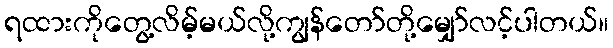
ရထားကိုတွေ့လိမ့်မယ်လို့ကျွန်တော်တို့မျှော်လင့်ပါတယ်။